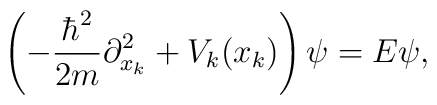
\left(-{{\hbar^2}\over {2m}}\partial_{x_k}^2+V_k(x_k)\right)\psi=E\psi,